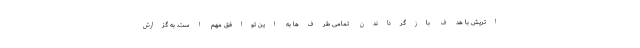
اتریش با هدف بازگرداندن تمامی طرف‌ها به این توافق مهم است. به گزارش